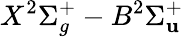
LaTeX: X^{2}\Sigma_{g}^{+}-B^{2}\Sigma_{\mathbf{u}}^{+}